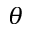
\theta